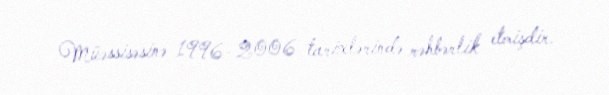
Müəssisəsinə 1996–2006 tarixlərində rəhbərlik etmişdir.